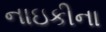
નાઇકીના